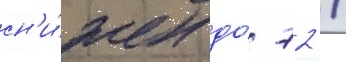
сн'и́жен до́ 72 /